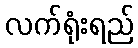
လက်ရုံးရည်